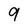
Character: 9